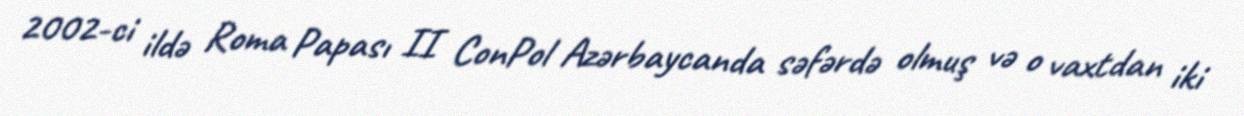
2002-ci ildə Roma Papası II ConPol Azərbaycanda səfərdə olmuş və o vaxtdan iki